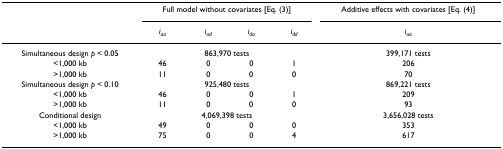
<table><thead><tr><td></td><td colspan="4"><b>Full model without covariates [Eq. (3)]</b></td><td><b>Additive effects with covariates [Eq. (4)]</b></td></tr><tr><td></td><td><b><i>i</i><sub><i>aa</i></sub></b></td><td><b><i>i</i><sub><i>ad</i></sub></b></td><td><b><i>i</i><sub><i>da</i></sub></b></td><td><b><i>i</i><sub><i>dd</i></sub></b></td><td><b><i>i</i><sub><i>aa</i></sub></b></td></tr></thead><tbody><tr><td>Simultaneous design <i>p </i>&lt; 0.05</td><td colspan="4">863,970 tests</td><td>399,171 tests</td></tr><tr><td>&lt;1,000 kb</td><td>46</td><td>0</td><td>0</td><td>1</td><td>206</td></tr><tr><td>&gt;1,000 kb</td><td>11</td><td>0</td><td>0</td><td>0</td><td>70</td></tr><tr><td>Simultaneous design <i>p </i>&lt; 0.10</td><td colspan="4">925,480 tests</td><td>869,221 tests</td></tr><tr><td>&lt;1,000 kb</td><td>46</td><td>0</td><td>0</td><td>1</td><td>209</td></tr><tr><td>&gt;1,000 kb</td><td>11</td><td>0</td><td>0</td><td>0</td><td>93</td></tr><tr><td>Conditional design</td><td colspan="4">4,069,398 tests</td><td>3,656,028 tests</td></tr><tr><td>&lt;1,000 kb</td><td>49</td><td>0</td><td>0</td><td>0</td><td>353</td></tr><tr><td>&gt;1,000 kb</td><td>75</td><td>0</td><td>0</td><td>4</td><td>617</td></tr></tbody></table>